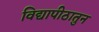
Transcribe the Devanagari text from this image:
विद्यापीठातुन